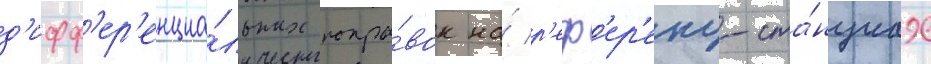
д'ифф'ер'енциа́льных попра́вок на́ р'еф'ер'енц-ста́нциах